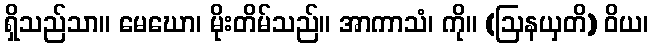
ရှိသည်သာ။ မေဃော၊ မိုးတိမ်သည်။ အာကာသံ၊ ကို။ (ဩနယှတိ) ဝိယ၊